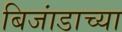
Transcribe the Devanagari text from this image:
बिजांडाच्या